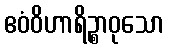
ဧဝံဝိဟာရိဉ္စာဝုသော